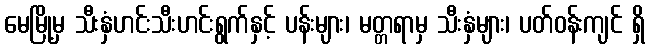
မေမြို့မှ သီးနှံဟင်းသီးဟင်းရွက်နှင့် ပန်းများ၊ မတ္တရာမှ သီးနှံများ၊ ပတ်ဝန်းကျင် ရှိ